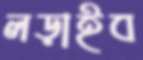
লড়াইব